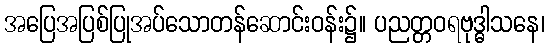
အပြေအပြစ်ပြုအပ်သောတန်ဆောင်းဝန်း၌။ ပညတ္တဝရဗုဒ္ဓါသနေ၊